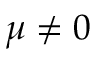
\mu \neq 0